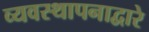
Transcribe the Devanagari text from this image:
व्यवस्थापनाद्वारे